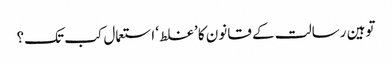
توہین رسالت کے قانون کا ’غلط‘ استعمال کب تک؟